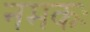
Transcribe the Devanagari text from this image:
नमकः